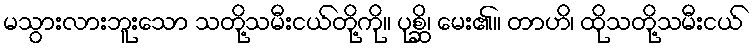
မသွားလားဘူးသော သတို့သမီးငယ်တို့ကို။ ပုစ္ဆိ၊ မေး၏။ တာဟိ၊ ထိုသတို့သမီးငယ်